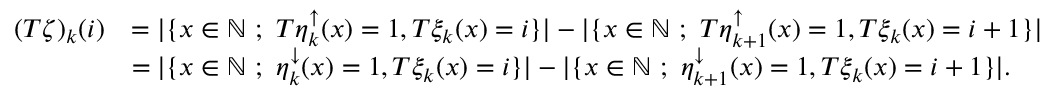
\begin{array} { r l } { ( T \zeta ) _ { k } ( i ) } & { = | \{ x \in { \mathbb { N } } \ ; \ T \eta _ { k } ^ { \uparrow } ( x ) = 1 , T \xi _ { k } ( x ) = i \} | - | \{ x \in { \mathbb { N } } \ ; \ T \eta _ { k + 1 } ^ { \uparrow } ( x ) = 1 , T \xi _ { k } ( x ) = i + 1 \} | } \\ & { = | \{ x \in { \mathbb { N } } \ ; \ \eta _ { k } ^ { \downarrow } ( x ) = 1 , T \xi _ { k } ( x ) = i \} | - | \{ x \in { \mathbb { N } } \ ; \ \eta _ { k + 1 } ^ { \downarrow } ( x ) = 1 , T \xi _ { k } ( x ) = i + 1 \} | . } \end{array}